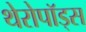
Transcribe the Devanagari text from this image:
थेरोपॉड्स